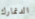
الدنمارك